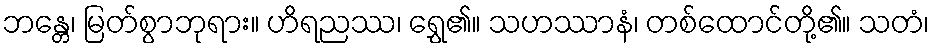
ဘန္တေ၊ မြတ်စွာဘုရား။ ဟိရညဿ၊ ရွှေ၏။ သဟဿာနံ၊ တစ်ထောင်တို့၏။ သတံ၊